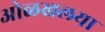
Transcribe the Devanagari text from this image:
ओळखलया